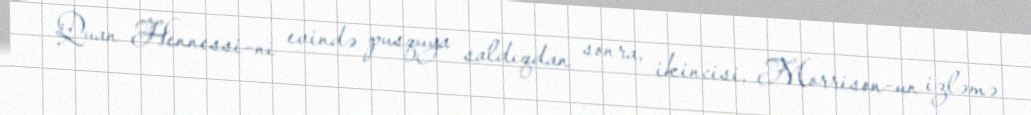
Quan Hennessi-ni evində pusquya saldıqdan sonra, ikincisi, Morrison-un izləmə